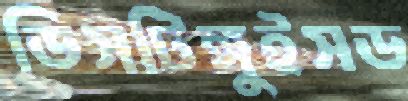
ডিসটিঙ্গুইসড